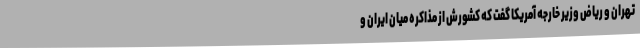
تهران و ریاض وزیر خارجه آمریکا گفت که کشورش از مذاکره میان ایران و